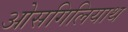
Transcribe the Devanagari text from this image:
ओसगिलियाथ